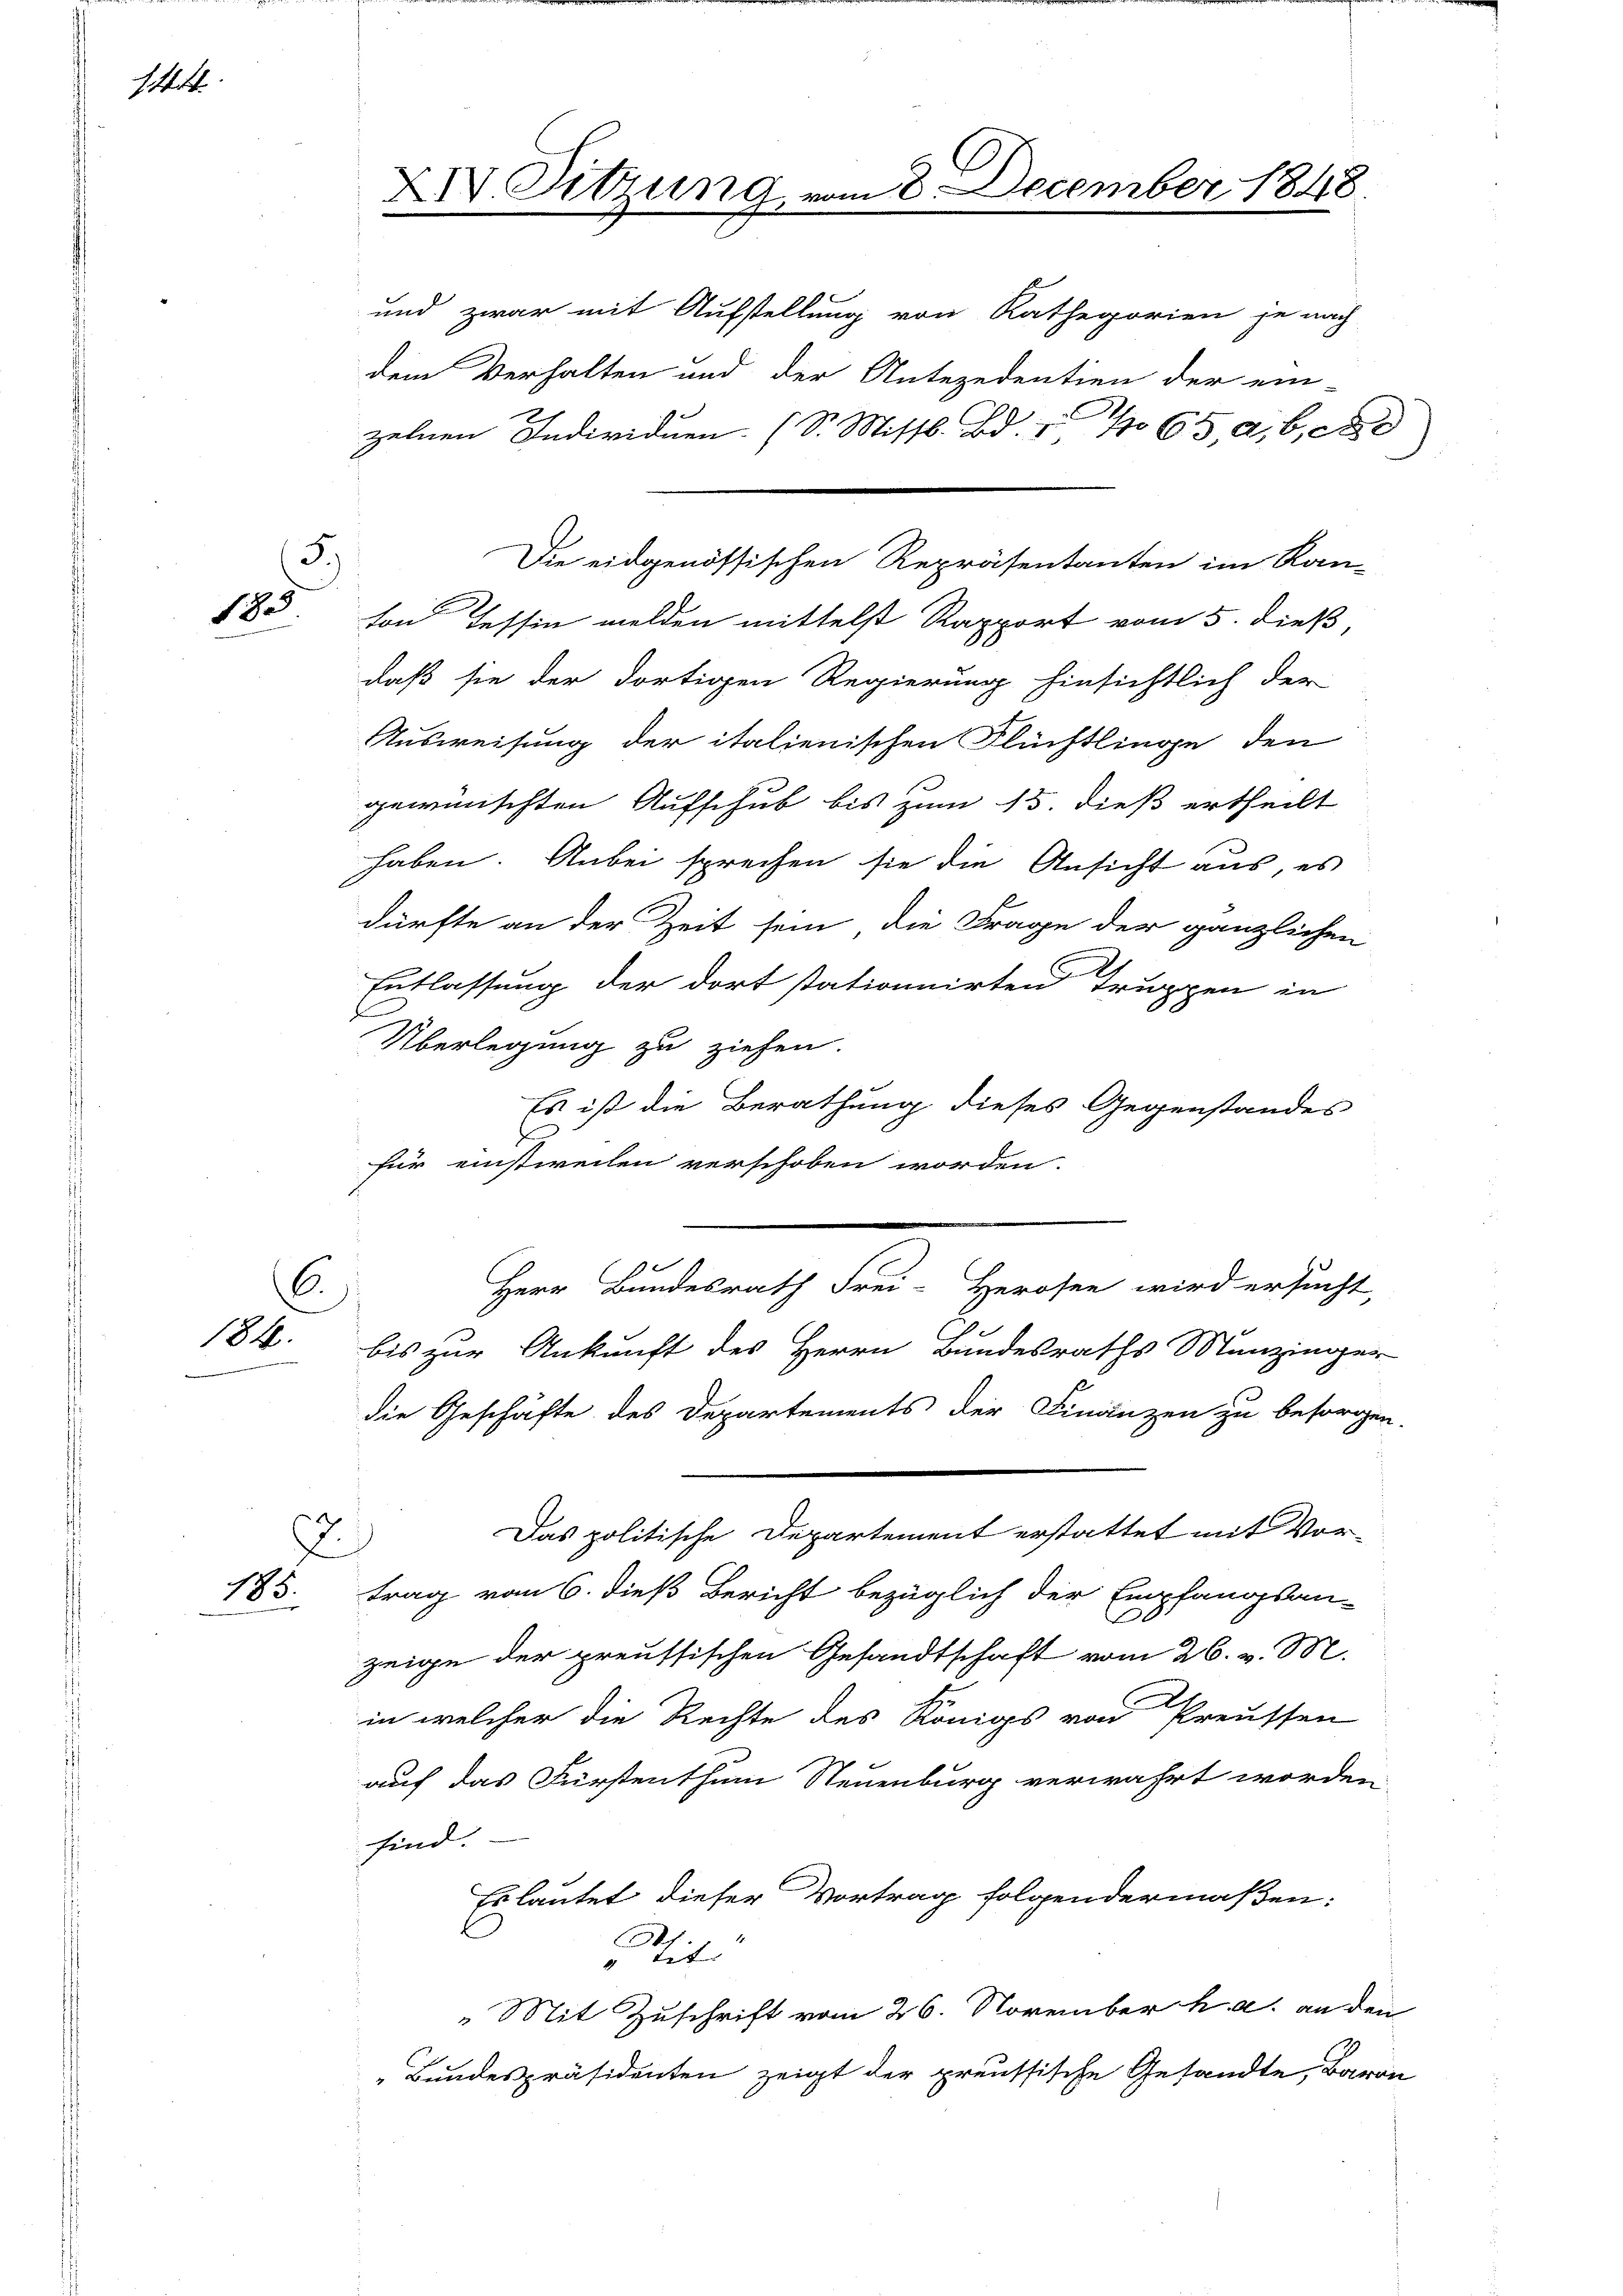
144.

5.)
1 80

184.

193.

Entlassung der dort stationnirten Truppen in
f
Überlegung zu ziehen.
Es ist die Berathung dieses Gegenstandes
E
für einstweilen verschoben worden.
Armen
Herr Bundesrath Frei-Herosen wird ersucht,
6.)
bis zur Ankunft des Herrn Bundesraths Munzinger
die Geschäfte des Departements der Finanzen zu besorgen.
Das politische Departement erstattet mit Vor-
trag vom 6. dieß Bericht bezüglich der Empfangsan-
zeige der preussischen Gesandtschaft vom 26. v. M.
in welcher die Rechte des Königs von Preussen
auf das Fürstenthum Neuenburg verwahrt worden.
sind.
Erlautet dieser Vortrag folgendermaßen:
Ah
 tet
Mit Zuschrift vom 26. November h. a. an den
Bundespräsidenten zeigt der preussische Gesandte, Baron

XIV. Sitzung vom 8. December 1848.

und zwar mit Aufstellung von Rathegorien je nach
dem Verhalten und der Antezedentien der ein-
zelnen Individuen (S. Missl. Bd. " No 65, a, b, c
ton Tessin melden mittelst Rapport vom 5. dieß,
daß sie der dortigen Regierung hinsichtlich der
Ausweisung der italienischen Flüchtlinge den
gewünschten Aufschub bis zum 15 dieß ertheilt
haben. Anbei sprechen sie die Ansicht aus, es
dürfte an der Zeit sein, die Frage der gänzlichen

Die eidgenössischen Repräsentanten im Ran-